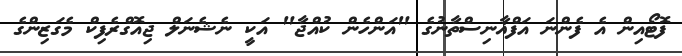
ފޮޓޯއިން އެ ފެންނަ އަފްޣާނިސްތާނުގެ "އަންހެން ކުއްޖާ" އަކީ ނެޝެނަލް ޖިއޮގްރެފިކް މެގަޒިންގެ